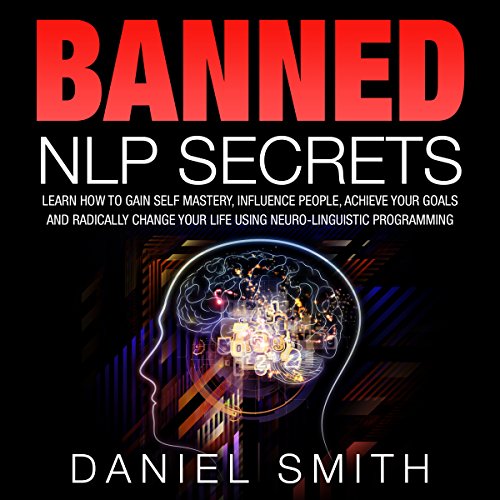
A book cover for Banned NLP Secrets: Learn How to Gain Self Mastery, Influence People, Achieve Your Goals and Radically Change Your Life Using Neuro-Linguistic Programming; Daniel Smith; Self-Help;